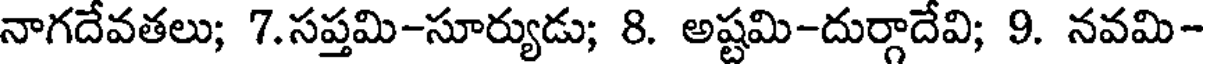
నాగదేవతలు; 7.సప్తమి-సూర్యుడు; 8. అష్టమి-దుర్గాదేవి; 9. నవమి-